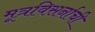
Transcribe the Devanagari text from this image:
मूत्रविसर्नाची